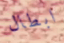
ابطال